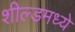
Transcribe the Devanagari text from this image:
शील्डमध्ये